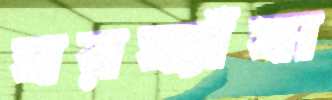
ঘরঘ্যাঁষা